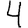
Digit: 4